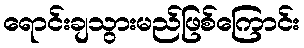
ရောင်းချသွားမည်ဖြစ်ကြောင်း